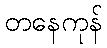
တနေကုန်